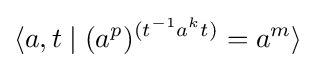
\langle a,t\mid (a^{p})^{(t^{-1}a^{k}t)}=a^{m}\rangle